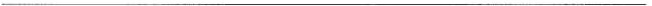
___